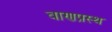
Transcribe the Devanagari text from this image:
वाणप्रस्थ